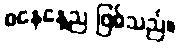
စနေနေ့ည ဖြစ်သည်။